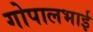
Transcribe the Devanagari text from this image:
गोपालभाई